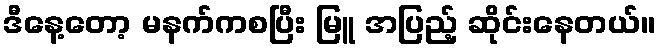
ဒီနေ့တော့ မနက်ကစပြီး မြူ အပြည့် ဆိုင်းနေတယ်။